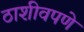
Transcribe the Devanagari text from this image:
ठाशीवपणे